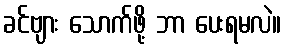
ခင်ဗျား သောက်ဖို့ ဘာ ပေးရမလဲ။